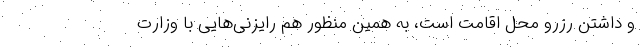
و داشتن رزرو محل اقامت است، به همین منظور هم رایزنی‌هایی با وزارت